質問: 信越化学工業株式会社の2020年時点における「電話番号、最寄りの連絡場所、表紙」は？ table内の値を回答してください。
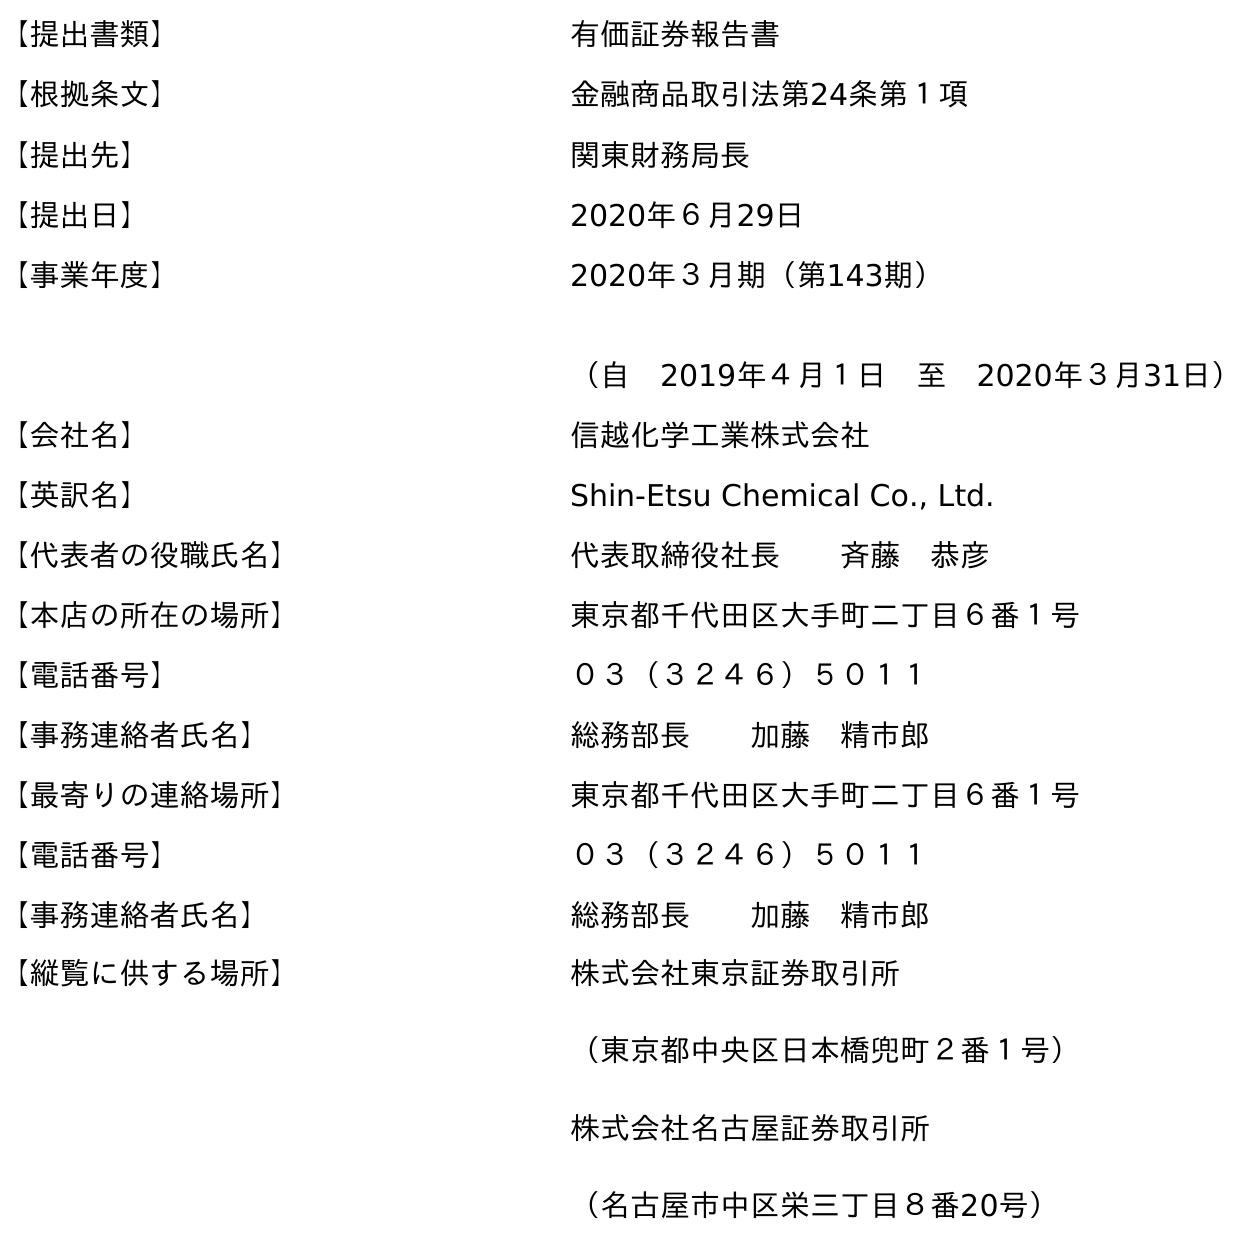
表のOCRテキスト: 【提出書類】 有価証券報告書 【根拠条文】 金融商品取引法第24条第１項 【提出先】 関東財務局長 【提出日】 2020年６月29日 【事業年度】 2020年３月期（第143期） （自 2019年４月１日 至 2020年３月31日） 【会社名】 信越化学工業株式会社 【英訳名】 Shin-Etsu Chemical Co., Ltd. 【代表者の役職氏名】 代表取締役社長  斉藤 恭彦 【本店の所在の場所】 東京都千代田区大手町二丁目６番１号 【電話番号】 ０３（３２４６）５０１１ 【事務連絡者氏名】 総務部長  加藤 精市郎 【最寄りの連絡場所】 東京都千代田区大手町二丁目６番１号 【電話番号】 ０３（３２４６）５０１１ 【事務連絡者氏名】 総務部長  加藤 精市郎 【縦覧に供する場所】 株式会社東京証券取引所 （東京都中央区日本橋兜町２番１号） 株式会社名古屋証券取引所 （名古屋市中区栄三丁目８番20号）
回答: ０３（３２４６）５０１１